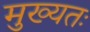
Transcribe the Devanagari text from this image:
मुख्यतः